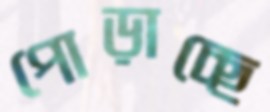
পোড়াচ্ছে